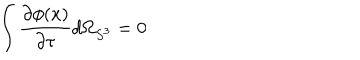
LaTeX: \int \frac { \partial \phi ( x ) } { \partial \tau } d \Omega _ { S ^ { 3 } } = 0